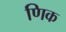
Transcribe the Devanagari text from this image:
णिक